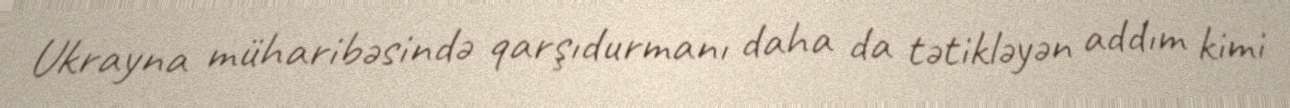
Ukrayna müharibəsində qarşıdurmanı daha da tətikləyən addım kimi